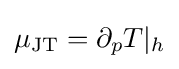
\mu _{\text{JT}}=\partial _{p}T|_{h}